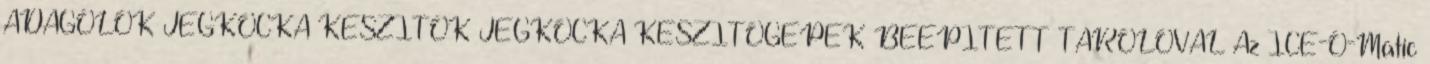
ADAGOLÓK JÉGKOCKA KÉSZÍTÕK JÉGKOCKA KÉSZÍTÕGÉPEK BEÉPÍTETT TÁROLÓVAL Az ICE-O-Matic